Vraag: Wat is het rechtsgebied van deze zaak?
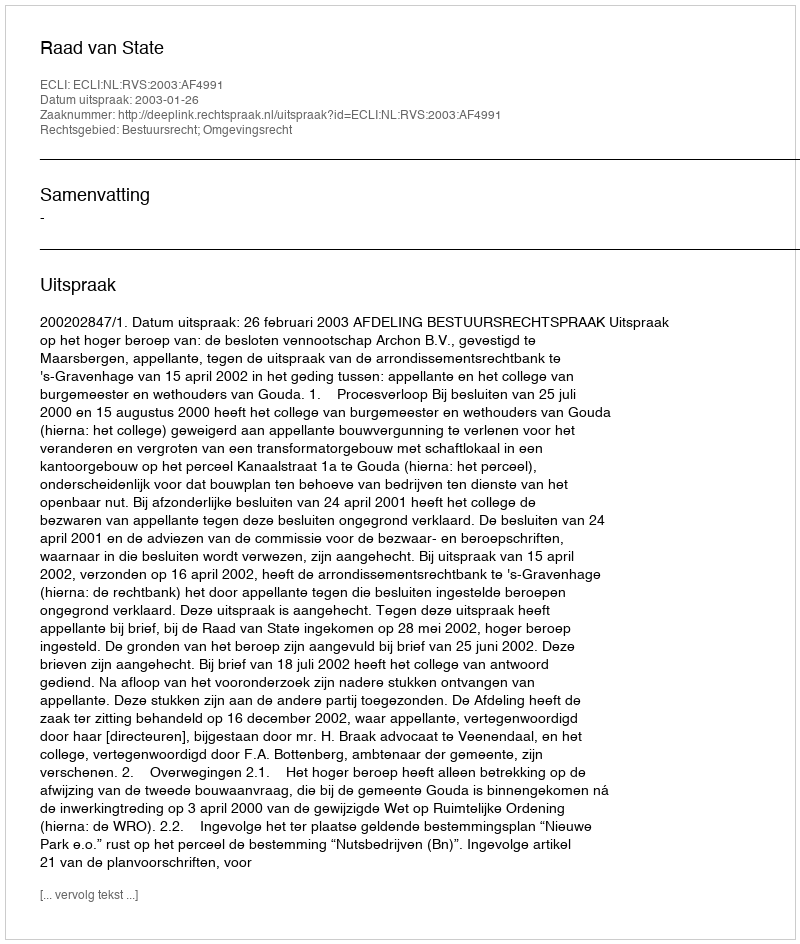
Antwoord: Bestuursrecht; Omgevingsrecht